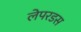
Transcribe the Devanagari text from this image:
लेपरडस